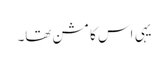
یہی اس کا مشن تھا۔